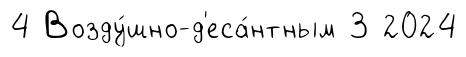
4 Возду́шно-д'еса́нтным 3 2024